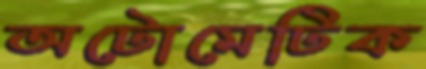
অটোমেটিক